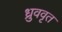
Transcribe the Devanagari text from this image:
ध्रुववृत